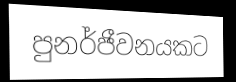
පුනර්ජීවනයකට